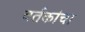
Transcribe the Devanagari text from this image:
वर्तकांचा